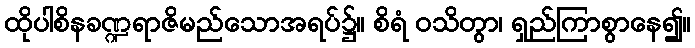
ထိုပါစိနခဏ္ဍရာဇိမည်သောအရပ်၌။ စိရံ ဝသိတွာ၊ ရှည်ကြာစွာနေ၍။